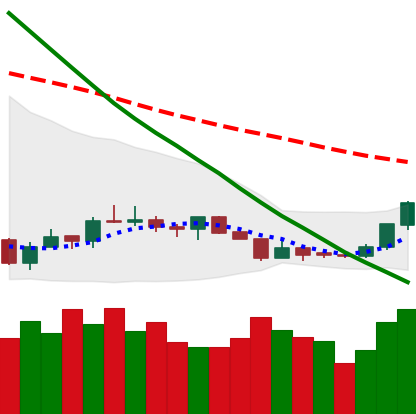
Ticker: LTC-USD
Chart end date: 2018-07-17
Forward return: -7.405%
Label: down_7plus